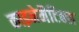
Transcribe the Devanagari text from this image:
काइनेमैटिक्स